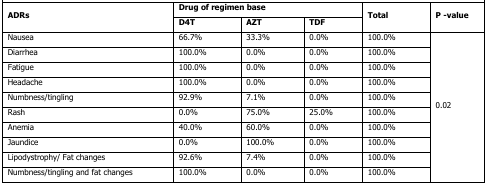
| <ROWSPAN=2> ADRs | <COLSPAN=3> Drug of regimen base | <ROWSPAN=2> Total | <ROWSPAN=2> P -value |
 | D4T | AZT | TDF |
 | --- | --- | --- | --- | --- | --- |
 | Nausea | 66.7% | 33.3% | 0.0% | 100.0% | <ROWSPAN=10> 0.02 |
 | Diarrhea | 100.0% | 0.0% | 0.0% | 100.0% |
 | Fatigue | 100.0% | 0.0% | 0.0% | 100.0% |
 | Headache | 100.0% | 0.0% | 0.0% | 100.0% |
 | Numbness/tingling | 92.9% | 7.1% | 0.0% | 100.0% |
 | Rash | 0.0% | 75.0% | 25.0% | 100.0% |
 | Anemia | 40.0% | 60.0% | 0.0% | 100.0% |
 | Jaundice | 0.0% | 100.0% | 0.0% | 100.0% |
 | Lipodystrophy/ Fat changes | 92.6% | 7.4% | 0.0% | 100.0% |
 | Numbness/tingling and fat changes | 100.0% | 0.0% | 0.0% | 100.0% |